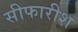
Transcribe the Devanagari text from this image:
सीफारीश